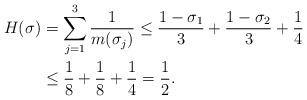
LaTeX: \begin{align*}H(\sigma)&=\sum_{j=1}^3\frac {1}{m(\sigma_j)}\le\frac{1-\sigma_1}{3}+\frac{1-\sigma_2}{3}+\frac{1}{4}\\&\le \frac 18+\frac 18+\frac 14=\frac 12.\end{align*}